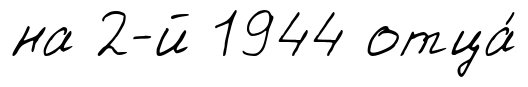
на 2-й 1944 отца́